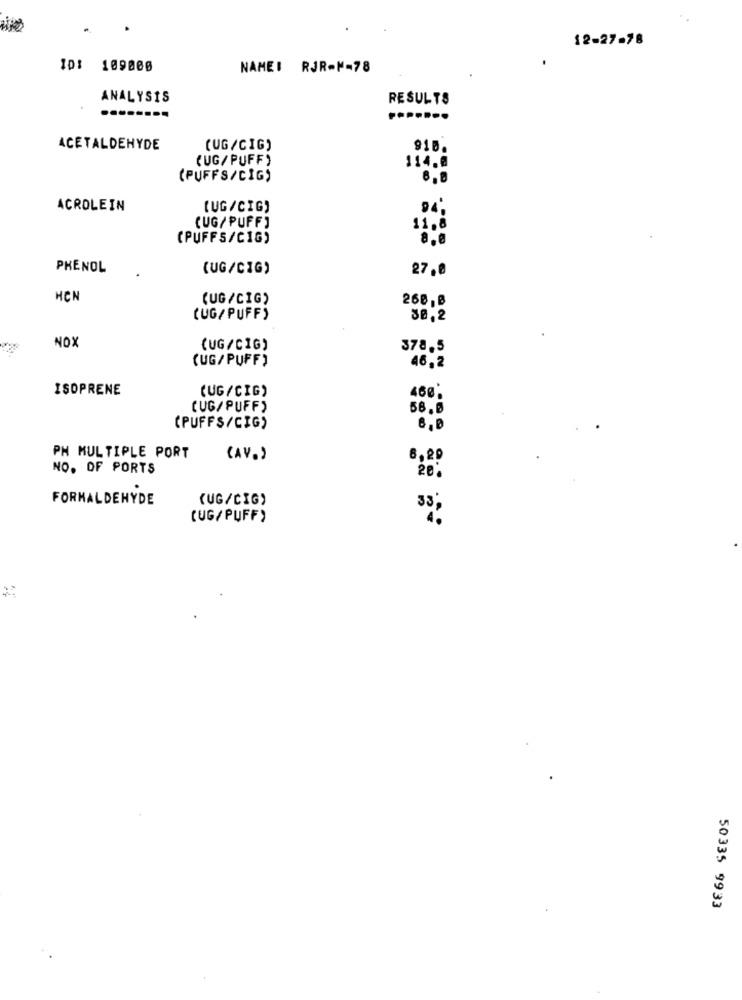
12-27-78
ID: 109000
NAMEI RJR-M-78
ANALYSIS
RESULTS
ACETALDEHYDE
(UG/CIG)
918.
(UG/PUFF)
114.0
(PUFFS/CIG)
ACROLEIN
[UG/CIG)
94;
(UG/ PUFF]
11.8
(PUFFS/CIG)
PHENOL
(UG/CIG)
27.0
HCN
(UG/CIG)
268, B
(UG/ PUFF)
30,2
NOX
(UG /CIG)
378,5
(UG/ PUFF)
46,2
ISOPRENE
(UG/CIG)
460*
CUG/ PUFF)
58.0
(PUFFS/CIG)
PH MULTIPLE PORT
(AV.)
8,29
NO. OF PORTS
FORMALDEHYDE
(UG/CIG)
(UG/PUFF)
33;
50335 9933